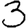
Digit: 3